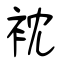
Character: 衴